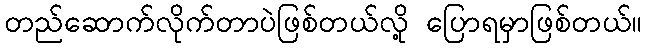
တည်ဆောက်လိုက်တာပဲဖြစ်တယ်လို့ ပြောရမှာဖြစ်တယ်။